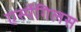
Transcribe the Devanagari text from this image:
एर्स्पेगिलस